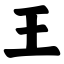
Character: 王